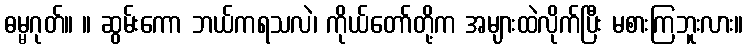
ဓမ္မဂုတ်။ ။ ဆွမ်းကော ဘယ်ကရသလဲ၊ ကိုယ်တော်တို့က အများထဲလိုက်ပြီး မစားကြဘူးလား။